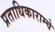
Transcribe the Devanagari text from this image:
प्रताधिकाराम्चे